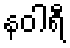
နဝါရီ